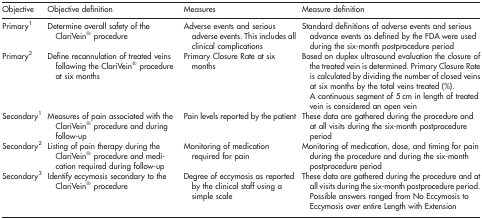
<table><thead><tr><td><b>Objective</b></td><td><b>Objective definition</b></td><td><b>Measures</b></td><td><b>Measure definition</b></td></tr></thead><tbody><tr><td>Primary<sup>1</sup></td><td>Determine overall safety of the ClariVein<sup>®</sup> procedure</td><td>Adverse events and serious adverse events. This includes all clinical complications</td><td>Standard definitions of adverse events and serious advance events as defined by the FDA were used during the six-month postprocedure period</td></tr><tr><td>Primary<sup>2</sup></td><td>Define recannulation of treated veins following the ClariVein<sup>®</sup> procedure at six months</td><td>Primary Closure Rate at six months</td><td>Based on duplex ultrasound evaluation the closure of the treated vein is determined. Primary Closure Rate is calculated by dividing the number of closed veins at six months by the total veins treated (%). A continuous segment of 5 cm in length of treated vein is considered an open vein</td></tr><tr><td>Secondary<sup>1</sup></td><td>Measures of pain associated with the ClariVein<sup>®</sup> procedure and during follow-up</td><td>Pain levels reported by the patient</td><td>These data are gathered during the procedure and at all visits during the six-month postprocedure period</td></tr><tr><td>Secondary<sup>2</sup></td><td>Listing of pain therapy during the ClariVein<sup>®</sup> procedure and medication required during follow-up</td><td>Monitoring of medication required for pain</td><td>Monitoring of medication, dose, and timing for pain during the procedure and during the six-month postprocedure period</td></tr><tr><td>Secondary<sup>3</sup></td><td>Identify eccymosis secondary to the ClariVein<sup>®</sup> procedure</td><td>Degree of eccymosis as reported by the clinical staff using a simple scale</td><td>These data are gathered during the procedure and at all visits during the six-month postprocedure period. Possible answers ranged from No Eccymosis to Eccymosis over entire Length with Extension</td></tr></tbody></table>